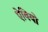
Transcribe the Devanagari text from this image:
ऐवियो